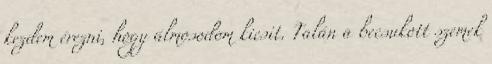
kezdem érezni, hogy álmosodom kicsit. Talán a becsukott szemek